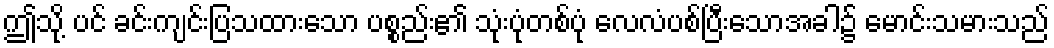
ဤသို့ ပင် ခင်းကျင်းပြသထားသော ပစ္စည်း၏ သုံးပုံတစ်ပုံ လေလံပစ်ပြီးသောအခါ၌ မောင်းသမားသည်